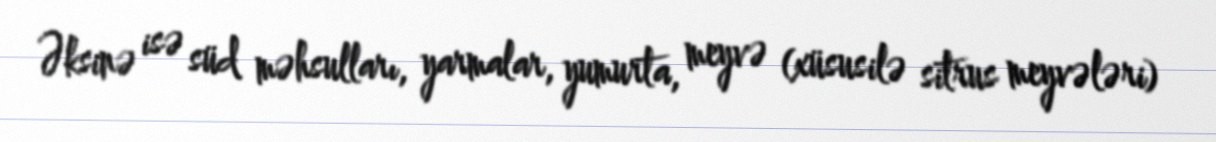
Əksinə isə süd məhsulları, yarmalar, yumurta, meyvə (xüsusilə sitrus meyvələri)